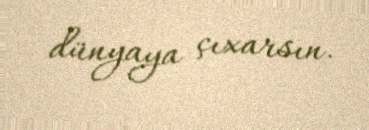
dünyaya çıxarsın.